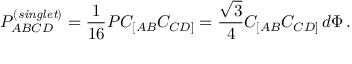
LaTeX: P _ { A B C D } ^ { \left( { \it s i n g l e t } \right) } = { \frac { 1 } { 1 6 } } P C _ { [ A B } C _ { C D ] } = { \frac { \sqrt { 3 } } { 4 } } C _ { [ A B } C _ { C D ] } \, d \Phi \, .